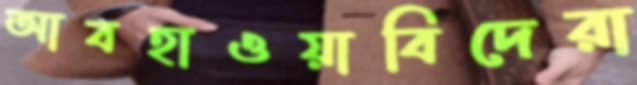
আবহাওয়াবিদেরা